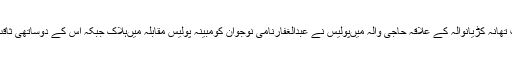
تفصیل کے مطابق گذشتہ رات تھانہ کڑیانوالہ کے علاقہ حاجی والہ میںپولیس نے عبدالغفارنامی نوجوان کومبینہ پولیس مقابلہ میںہلاک جبکہ اس کے دوساتھی ثاقب اورشہزاد کو گرفتار کیا تھا۔